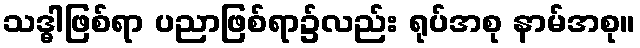
သဒ္ဓါဖြစ်ရာ ပညာဖြစ်ရာ၌လည်း ရုပ်အစု နာမ်အစု။